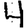
Digit: 4